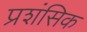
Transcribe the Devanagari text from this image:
प्रशंसिक